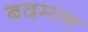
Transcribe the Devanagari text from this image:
बदमान